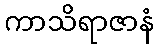
ကာသိရာဇာနံ